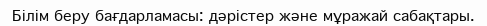
Білім беру бағдарламасы: дәрістер және мұражай сабақтары.